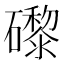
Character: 𥗍